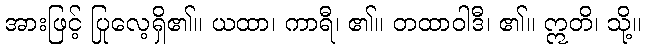
အားဖြင့် ပြုလေ့ရှိ၏။ ယထာ၊ ကာရီ၊ ၏။ တထာဝါဒီ၊ ၏။ ဣတိ၊ သို့။